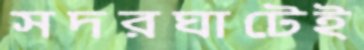
সদরঘাটেই